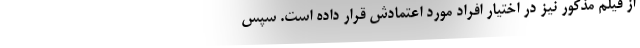
از فیلم مذکور نیز در اختیار افراد مورد اعتمادش قرار داده است. سپس